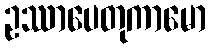
ဥဿာပေတုကာမော